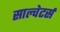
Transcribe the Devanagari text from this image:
साल्वेटर्स